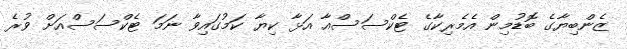
ޒެންބިޔާގެ ބޮޑުމިން އެމެރިކާގެ ޓެކްސަސްއާ އަޅާ ކިޔާ ކަމުގައިވާ ނަމަ ޓެކްސަސްއަށް ވުރެ